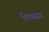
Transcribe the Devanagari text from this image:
शिष्यसंघ